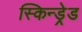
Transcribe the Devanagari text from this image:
स्किन्ड्रेड